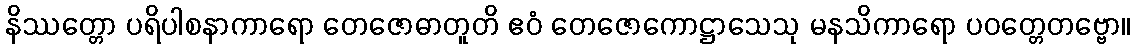
နိဿတ္တော ပရိပါစနာကာရော တေဇောဓာတူတိ ဧဝံ တေဇောကောဋ္ဌာသေသု မနသိကာရော ပဝတ္တေတဗ္ဗော။